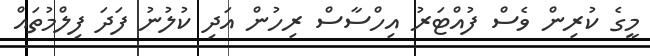
މީގެ ކުރިން ވެސް ފުއްޓަރު އިހްސާސް ރިހުން އަދި ކުލުނު ފަދަ ފިލްމުތައް